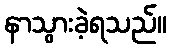
နာသွားခဲ့ရသည်။